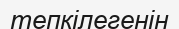
тепкілегенін